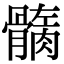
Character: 𩪏